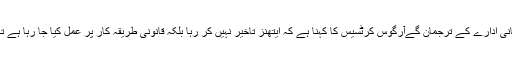
مہاجرين کے بحران سے نمٹنے والے يونانی ادارے کے ترجمان گےآرگوس کرٹسيس کا کہنا ہے کہ ايتھنز تاخير نہيں کر رہا بلکہ قانونی طريقہ کار پر عمل کيا جا رہا ہے تاکہ يہ کام صحيح انداز ميں ختم کيا جائے۔